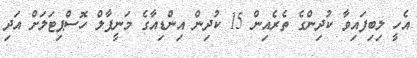
އެހީ ލިބިފައިވާ ކުދިންގެ ތެރެއިން 15 ކުދިން އިންޑިއާގެ މަނީޕާލް ހޮސްޕިޓަލަށް އަދި